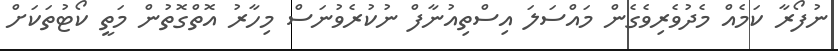
ނުފޯރާ ކަމެއް މެދުވެރިވެގެން މައްސަލަ އިސްތިއުނާފް ނުކުރެވުނަސް މިހާރު އޮތްގޮތުން މަތީ ކޯޓުތަކަށް